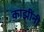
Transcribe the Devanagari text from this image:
काझींनी